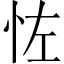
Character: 𪫦